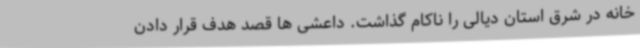
خانه در شرق استان دیالی را ناکام گذاشت. داعشی ها قصد هدف قرار دادن